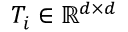
T _ { i } \in \mathbb { R } ^ { d \times d }